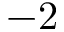
- 2